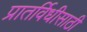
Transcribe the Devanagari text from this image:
प्रातर्विधीसाठी